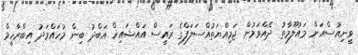
ވީނިއުސްއަށް މައުލޫމާތު ދެއްވަމުން ޖަމިއްޔަތުއްސަލަފްގެ ރައީސް އައްޝައިޚް އަބްދު ބިން މުހައްމަދު އިބްރާހީމް